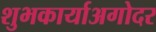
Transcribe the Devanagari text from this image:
शुभकार्याअगोदर